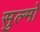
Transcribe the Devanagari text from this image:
सुल्मो